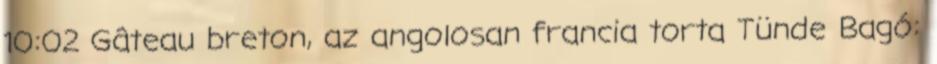
10:02 Gâteau breton, az angolosan francia torta Tünde Bagó: